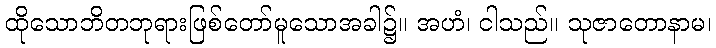
ထိုသောဘိတဘုရားဖြစ်တော်မူသောအခါ၌။ အဟံ၊ ငါသည်။ သုဇာတောနာမ၊